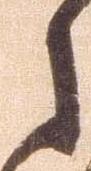
々